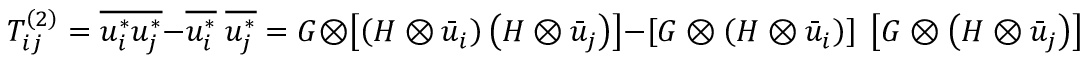
T _ { i j } ^ { \left( 2 \right) } = \overline { { u _ { i } ^ { * } u _ { j } ^ { * } } } - \overline { { u _ { i } ^ { * } } } \; \overline { { u _ { j } ^ { * } } } = G \otimes \left[ { \left( { H \otimes { { \bar { u } } _ { i } } } \right) \left( { H \otimes { { \bar { u } } _ { j } } } \right) } \right] - \left[ { G \otimes \left( { H \otimes { { \bar { u } } _ { i } } } \right) } \right] \; \left[ { G \otimes \left( { H \otimes { { \bar { u } } _ { j } } } \right) } \right] .